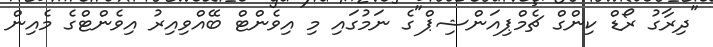
"ދިރާގު ރޯޑް ކިންގް ޗެމްޕިއަންޝިޕް"ގެ ނަމުގައި މި އިވެންޓް ބޭއްވިއިރު އިވެންޓްގެ މެއިން